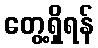
တွေ့ရှိရန်